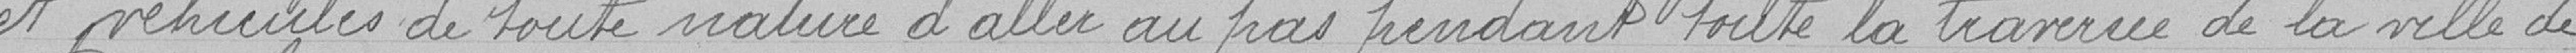
et véhicules de toute nature d'aller au pas pendant toute la traversée de la ville de